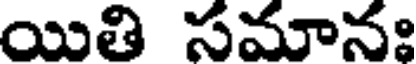
యితి సమానః